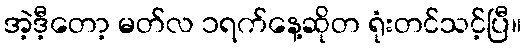
အဲ့ဒီ့တော့ မတ်လ ၁ရက်နေ့ဆိုတ ရုံးတင်သင့်ပြီ။